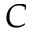
{ \cal C }